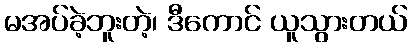
မအပ်ခဲ့ဘူးတဲ့၊ ဒီကောင် ယူသွားတယ်